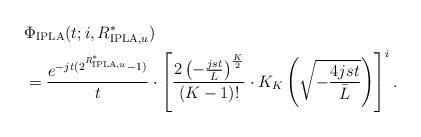
LaTeX: \begin{align*} &\Phi_{\mathrm{IPLA}}(t;i,R_{\mathrm{IPLA},u}^*) \\ &= \frac{ e^{-jt(2^{R_{\mathrm{IPLA},u}^*}-1)} }{ t } \cdot \left[ \frac{ 2\left( - \frac{ jst }{ \bar{L} } \right)^{ \frac{ K }{ 2 } } }{ (K-1)! } \cdot K_{K} \left( \sqrt{ - \frac{ 4jst }{ \bar{L} } } \right) \right]^i. \end{align*}